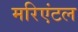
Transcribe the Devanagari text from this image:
मरिएंटल